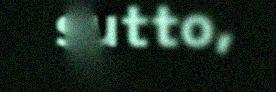
sutto,